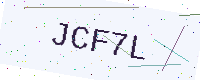
Text: JCF7L